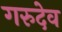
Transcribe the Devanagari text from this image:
गरुदेव